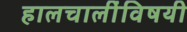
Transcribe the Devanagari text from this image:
हालचालींविषयी